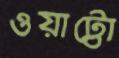
ওয়াট্টো